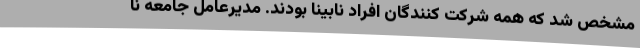
مشخص شد که همه شرکت کنندگان افراد نابینا بودند. مدیرعامل جامعه نا